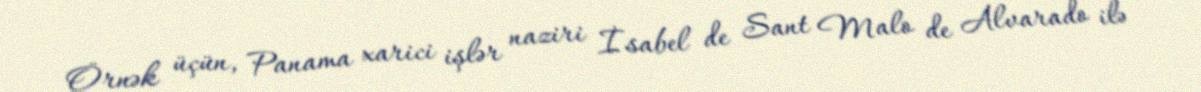
Örnək üçün, Panama xarici işlər naziri İsabel de Sant Malo de Alvarado ilə